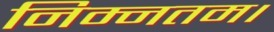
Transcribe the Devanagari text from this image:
निम्नतम।